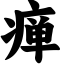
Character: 瘅